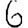
Digit: 6